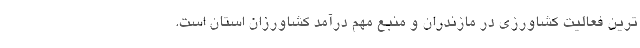
ترین فعالیت کشاورزی در مازندران و منبع مهم درآمد کشاورزان استان است.